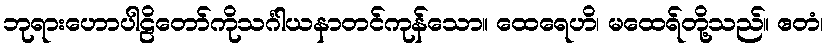
ဘုရားဟောပါဠိတော်ကိုသင်္ဂါယနာတင်ကုန်သော။ ထေရေဟိ၊ မထေရ်တို့သည်။ ဧတံ၊